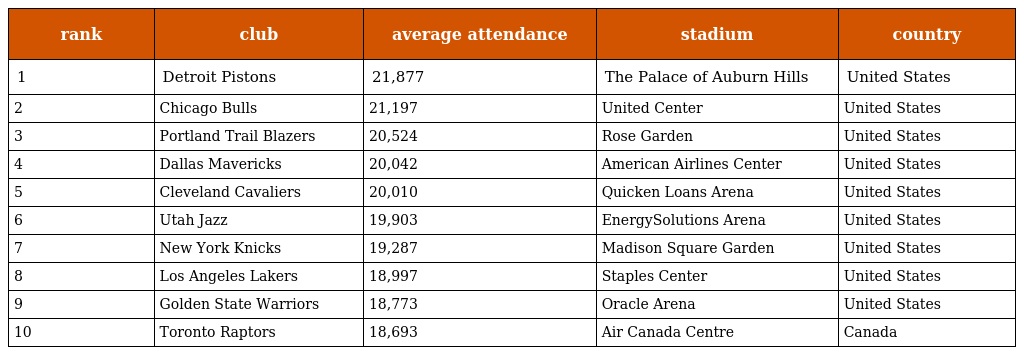
| rank | club | average attendance | stadium | country |
 | --- | --- | --- | --- | --- |
 | 1 | Detroit Pistons | 21,877 | The Palace of Auburn Hills | United States |
 | 2 | Chicago Bulls | 21,197 | United Center | United States |
 | 3 | Portland Trail Blazers | 20,524 | Rose Garden | United States |
 | 4 | Dallas Mavericks | 20,042 | American Airlines Center | United States |
 | 5 | Cleveland Cavaliers | 20,010 | Quicken Loans Arena | United States |
 | 6 | Utah Jazz | 19,903 | EnergySolutions Arena | United States |
 | 7 | New York Knicks | 19,287 | Madison Square Garden | United States |
 | 8 | Los Angeles Lakers | 18,997 | Staples Center | United States |
 | 9 | Golden State Warriors | 18,773 | Oracle Arena | United States |
 | 10 | Toronto Raptors | 18,693 | Air Canada Centre | Canada |